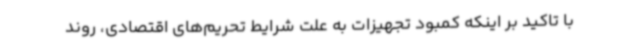
با تاکید بر اینکه کمبود تجهیزات به علت شرایط تحریم‌های اقتصادی، روند